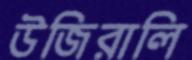
উজিরালি